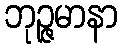
ဘုဉ္ဇမာနာ